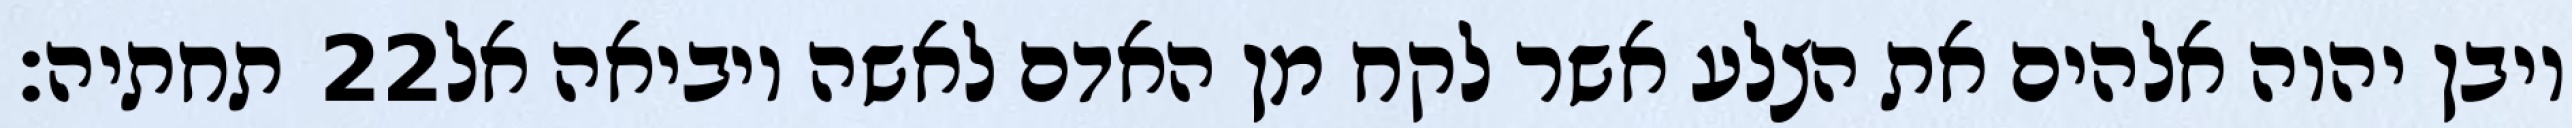
תחתיה׃ ‎22‏ ויבן יהוה אלהים את הצלע אשר לקח מן האדם לאשה ויביאה אל